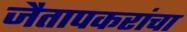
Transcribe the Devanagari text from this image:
जैतापकरांचा